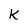
Character: k